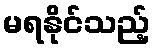
မရနိုင်သည့်